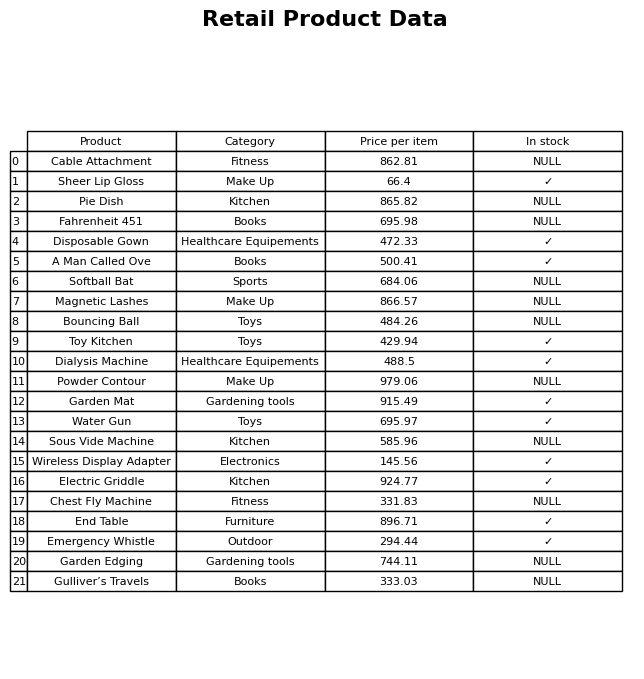
question: Which products are currently out of stock?
answer: Cable Attachment, Pie Dish, Fahrenheit 451, Softball Bat, Magnetic Lashes, Bouncing Ball, Powder Contour, Sous Vide Machine, Chest Fly Machine, Garden Edging, Gulliver’s Travels